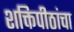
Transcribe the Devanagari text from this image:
शक्तिपीठांचा